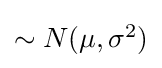
{\textstyle \sim N(\mu ,\sigma ^{2})}